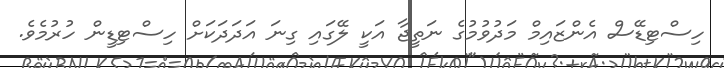
ހިސްޓިޑޭސް އެންޒައިމް މަދުވުމުގެ ނަތީޖާ އަކީ ލޭގައި ގިނަ އަދަދަކަށް ހިސްޓިޑީން ހުރުމެވެ.